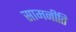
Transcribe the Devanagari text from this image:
सामनीति